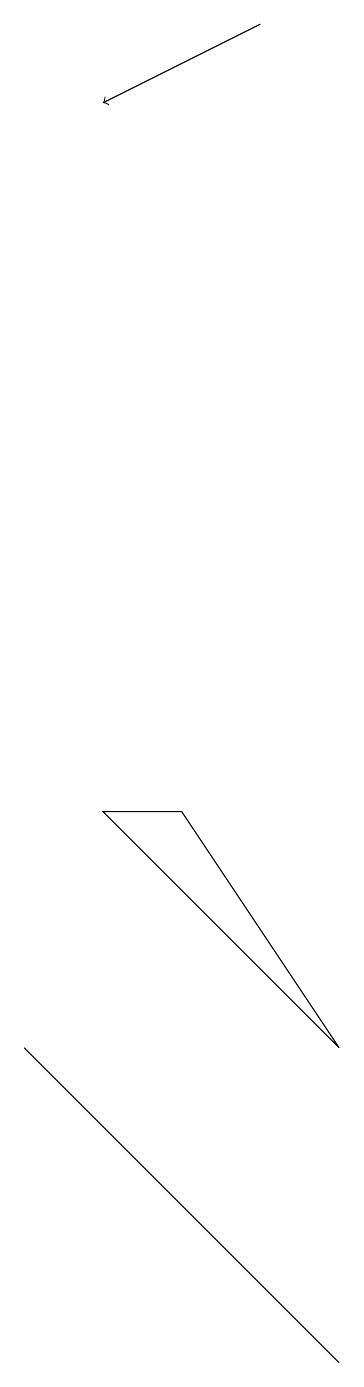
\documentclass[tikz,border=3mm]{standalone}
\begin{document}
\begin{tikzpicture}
\draw[->] (5,18) -- (3,17);
\draw (6,5) -- (3,8) -- (4,8) -- cycle;
\draw (2,5) -- (6,1) -- (5,2) -- cycle;
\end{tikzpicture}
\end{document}